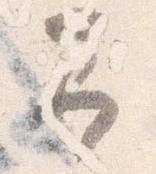
即